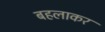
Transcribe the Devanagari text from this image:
बहलाकर